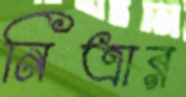
নিত্রার